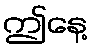
ဤနေ့